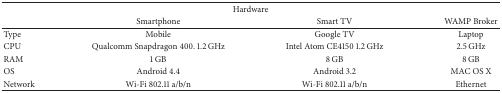
| <COLSPAN=4> Hardware |
 |  | Smartphone | Smart TV | WAMP Broker |
 | --- | --- | --- | --- |
 | Type | Mobile | Google TV | Laptop |
 | CPU | Qualcomm Snapdragon 400. 1.2 GHz | Intel Atom CE4150 1.2 GHz | 2.5 GHz |
 | RAM | 1 GB | 8 GB | 8 GB |
 | OS | Android 4.4 | Android 3.2 | MAC OS X |
 | Network | Wi-Fi 802.11 a/b/n | Wi-Fi 802.11 a/b/n | Ethernet |